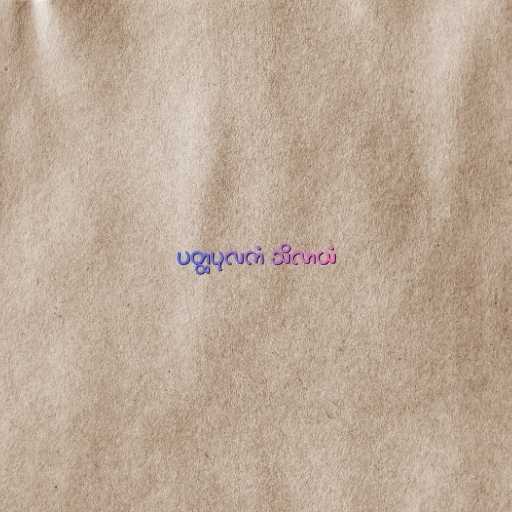
ပတ္ထပုလကံ သိလာယံ